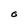
Character: O